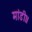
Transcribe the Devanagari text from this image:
मांडी॥